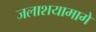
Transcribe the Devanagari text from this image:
जलाशयामागे